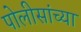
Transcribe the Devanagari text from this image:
पोलीसांच्या